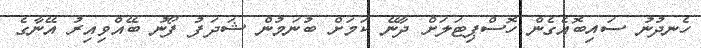
ހެނދުނު ސައިބޮއެގެން ހޮސްޕިޓަލަށް ދާނޭ ކަމަށް ބުނަމުން ޝަދަފު ފޯނު ބޭއްވިއިރު އޭނާގެ